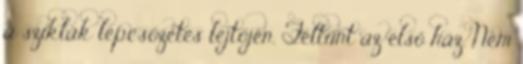
a sziklák lépcsőzetes lejtőjén. Feltűnt az első ház. Nem